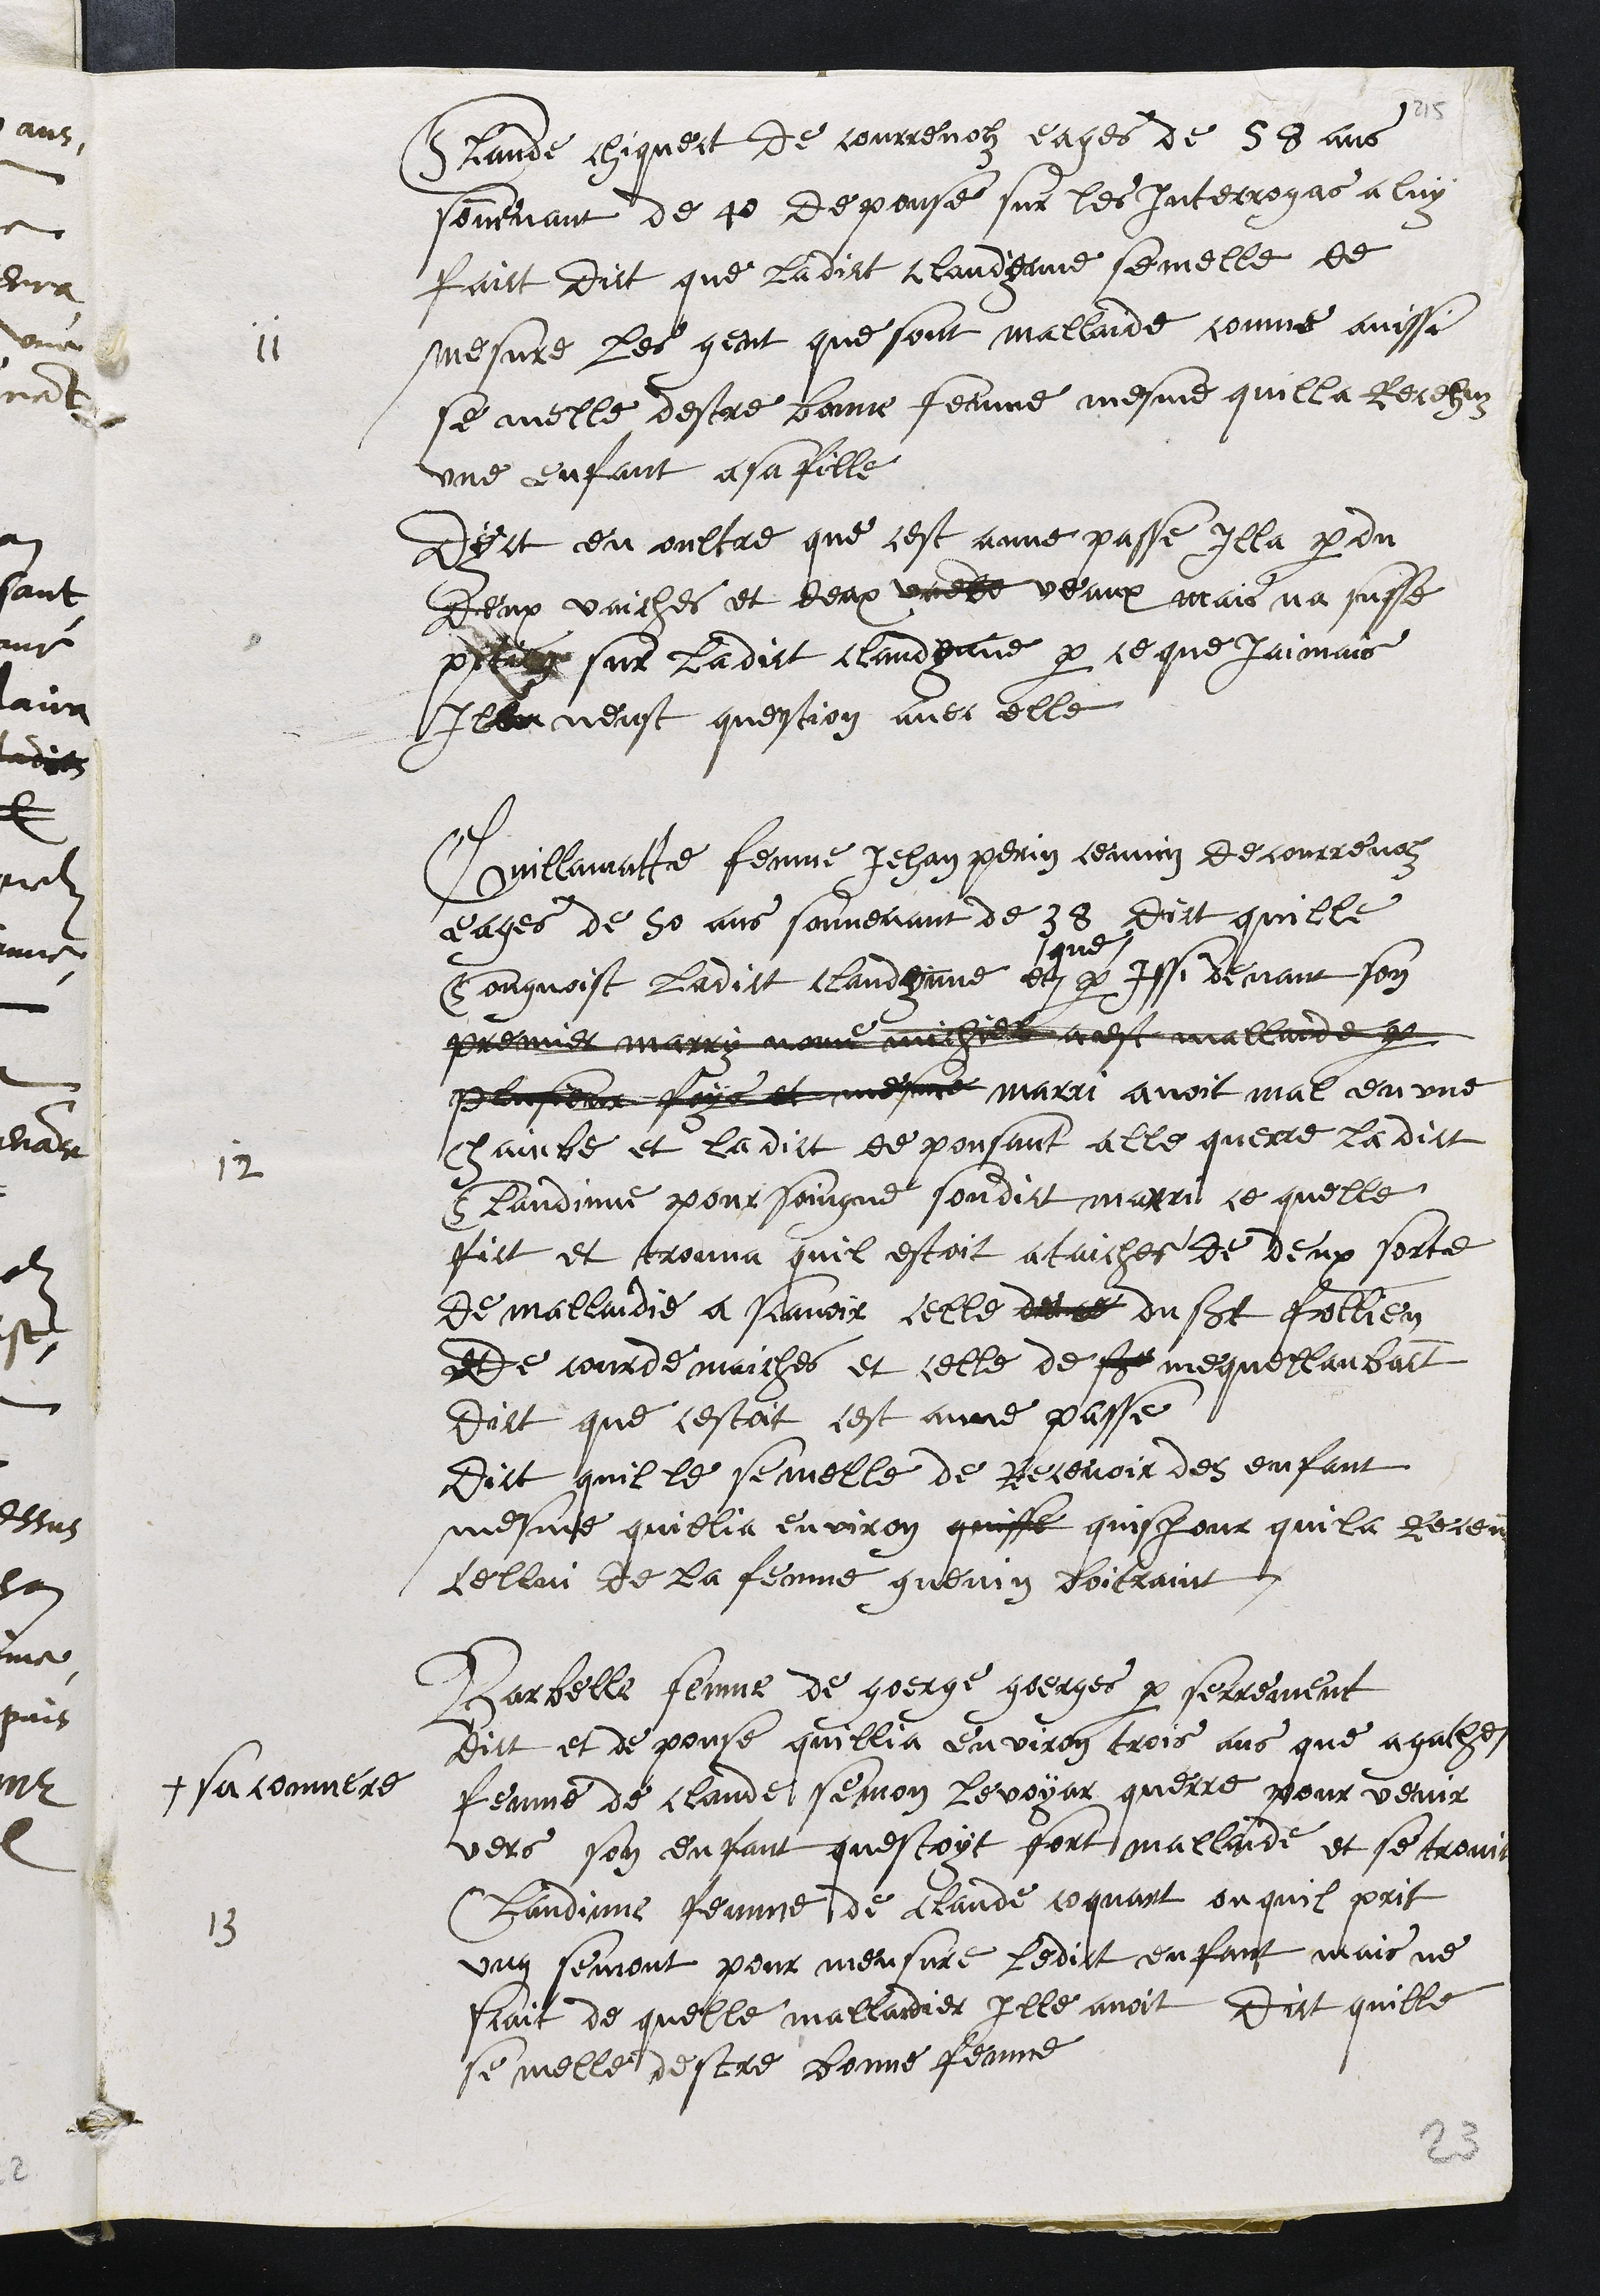
11
Claude chiquect de courrenolz eages de 58 ans
souvenant de 40 depouse sur les Interrogas a luy
faict dict que ladict Claudynne semelle de
mesure les gent que sont mallaide comme ainssi
se melle destre bonne femme mesme quilla Recehuz
une enfant a sa fille
Dyct en oultre que cest anne passe illa perdu
deux vaiches et deux vaede veaux mais na susse
pition sur ladict Claudyne par ce que jamais
Illen neust question avec elle
12
Guillamatte femme Jehan Perin ceunin de courrenolz
eages de 50 ans souvenant de 38 dict quille
Congnoist ladict Claudynne et
que
par Issi devant son
premier marry nome michiel a este mallaide par
plusieur foys et mesme marri avoit mal en une
chainbe et ladict depousant alle querre la dict
Claudinne pour soingne sondict marri ce quelle
fict et trouva quil estoit ataiches de deux sorte
de malladie a scavoir celle de ce du saint Frollien
de courdemaiches et celle de saint mequellanbanct
dict que cestoit cest anne passe
Dict quille se melle de Recevoir des enfant
mesme quillia environ qinsse qinsjour quila Receu
cellui de la femme guenin Boitraint
13
Barbelle femme de george georges par serrement
dict et de pouse quillia environ trois ans que agathe
# sa conmere
femme de Claude semon levoyar querre pour venir
vers son enfant questoyt fort mallaide et se trovit
Claudinne femme de Claude coquart ou quil prit
ung semont pour meusure ledict enfant mais ne
scait de quelle mallaidier ille avoit Dict quille
se melle destre bonne femme
23